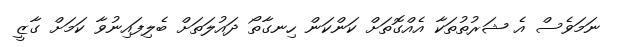
ނަމަވެސް އެ ޝަރުތުތަކާ އެއްގޮތަށް ކަންކަން ހިނގާތޯ ދައުލަތަށް ބެލިފައިނުވާ ކަމަށް ގާޒީ